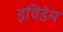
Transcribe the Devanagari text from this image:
इविडेम